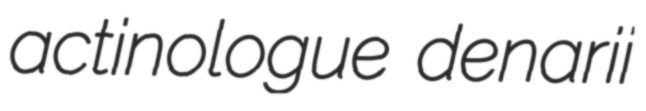
actinologue denarii